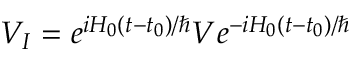
V _ { I } = e ^ { i H _ { 0 } ( t - t _ { 0 } ) / \hbar } V e ^ { - i H _ { 0 } ( t - t _ { 0 } ) / \hbar }